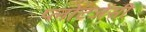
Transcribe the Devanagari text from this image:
प्लोटजेंसी